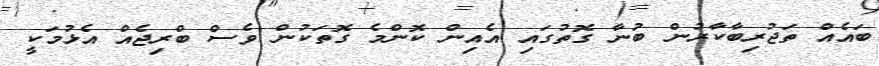
ބައެއް ތަޖުރިބާކާރުން ބުނާ ގޮތުގައި އެއިން ކޮންމެ ގޮތަކުން ވެސް ބްރިޖެއް އެޅުމަކީ